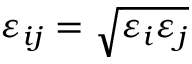
\varepsilon _ { i j } = \sqrt { \varepsilon _ { i } \varepsilon _ { j } }